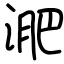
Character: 淝